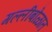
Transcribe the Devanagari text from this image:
गल्लीबोळात